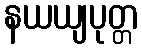
နယယျပုတ္တ